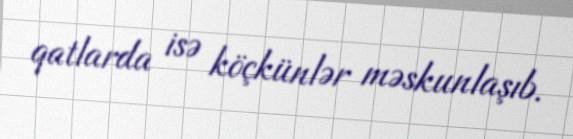
qatlarda isə köçkünlər məskunlaşıb.